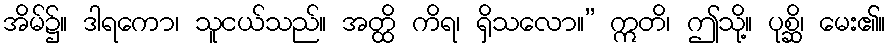
အိမ်၌။ ဒါရကော၊ သူငယ်သည်။ အတ္ထိ ကိရ၊ ရှိသလော။” ဣတိ၊ ဤသို့။ ပုစ္ဆိ၊ မေး၏။